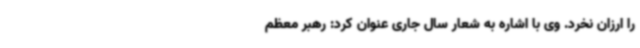
را ارزان نخرد. وی با اشاره به شعار سال جاری عنوان کرد: رهبر معظم